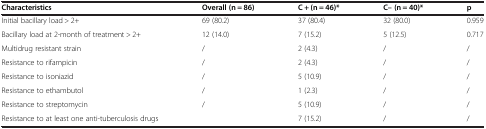
<table><thead><tr><td><b>Characteristics</b></td><td><b>Overall (n = 86)</b></td><td><b>C + (n = 46)*</b></td><td><b>C– (n = 40)*</b></td><td><b>p</b></td></tr></thead><tbody><tr><td>Initial bacillary load &gt; 2+</td><td>69 (80.2)</td><td>37 (80.4)</td><td>32 (80.0)</td><td>0.959</td></tr><tr><td>Bacillary load at 2-month of treatment &gt; 2+</td><td>12 (14.0)</td><td>7 (15.2)</td><td>5 (12.5)</td><td>0.717</td></tr><tr><td>Multidrug resistant strain</td><td>/</td><td>2 (4.3)</td><td>/</td><td>/</td></tr><tr><td>Resistance to rifampicin</td><td>/</td><td>2 (4.3)</td><td>/</td><td>/</td></tr><tr><td>Resistance to isoniazid</td><td>/</td><td>5 (10.9)</td><td>/</td><td>/</td></tr><tr><td>Resistance to ethambutol</td><td>/</td><td>1 (2.3)</td><td>/</td><td>/</td></tr><tr><td>Resistance to streptomycin</td><td>/</td><td>5 (10.9)</td><td>/</td><td>/</td></tr><tr><td>Resistance to at least one anti-tuberculosis drugs</td><td> </td><td>7 (15.2)</td><td>/</td><td>/</td></tr></tbody></table>